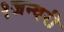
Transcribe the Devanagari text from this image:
१जन्वरी